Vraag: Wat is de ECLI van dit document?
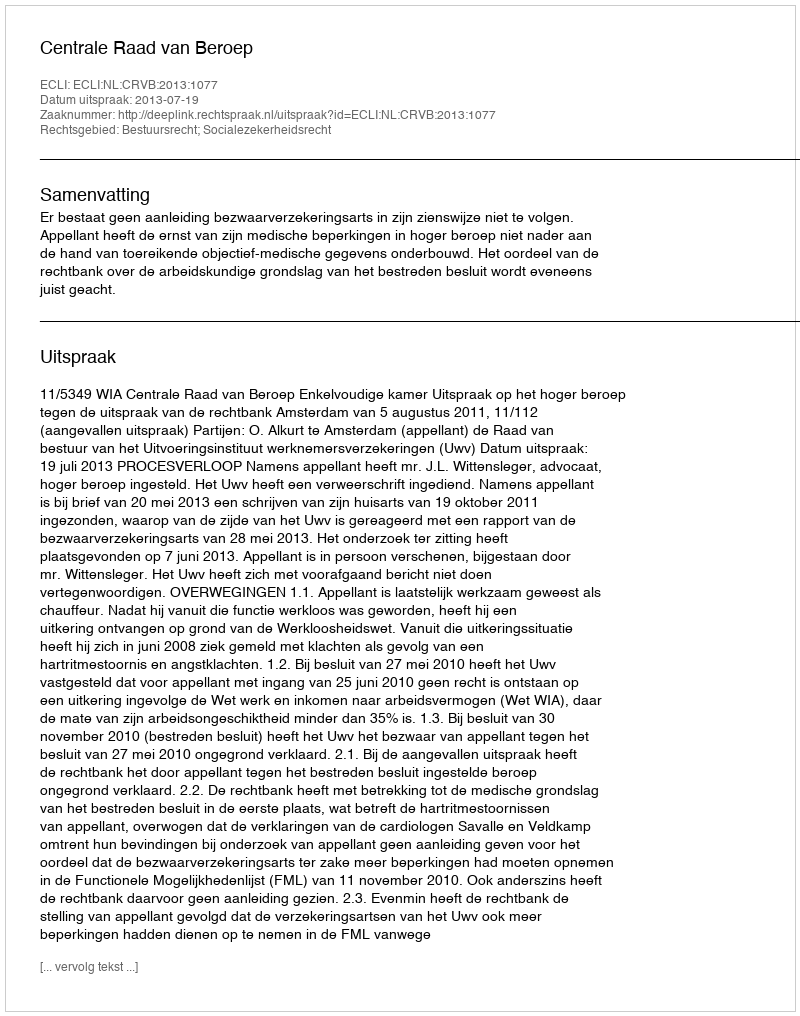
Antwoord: ECLI:NL:CRVB:2013:1077